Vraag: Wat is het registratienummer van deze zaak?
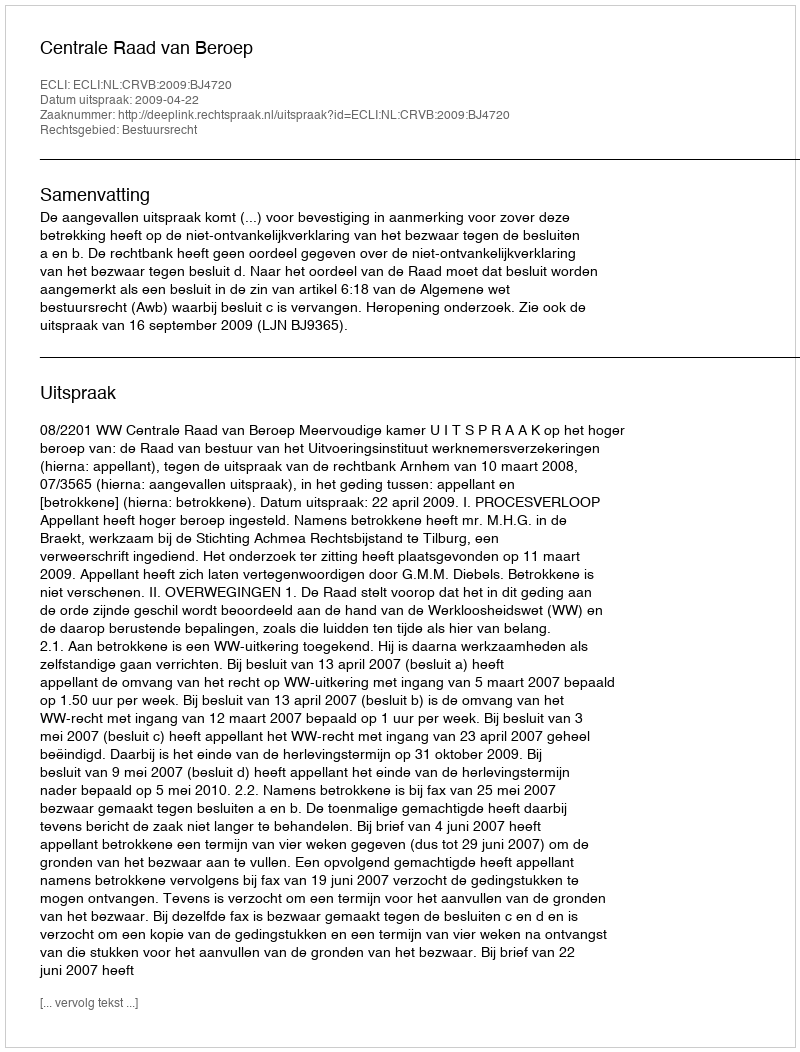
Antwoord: http://deeplink.rechtspraak.nl/uitspraak?id=ECLI:NL:CRVB:2009:BJ4720